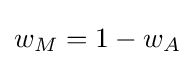
w_{M}=1-w_{A}